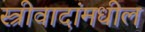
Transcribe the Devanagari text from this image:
स्त्रीवादांमधील